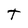
Character: T